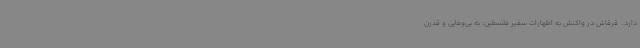
دارد. ‌ قرقاش در واکنش به اظهارات سفیر فلسطین: به بی‌وفایی و قدرن